Indian journal of veterinary science and animal husbandry - Volume 1,
Year: 1931
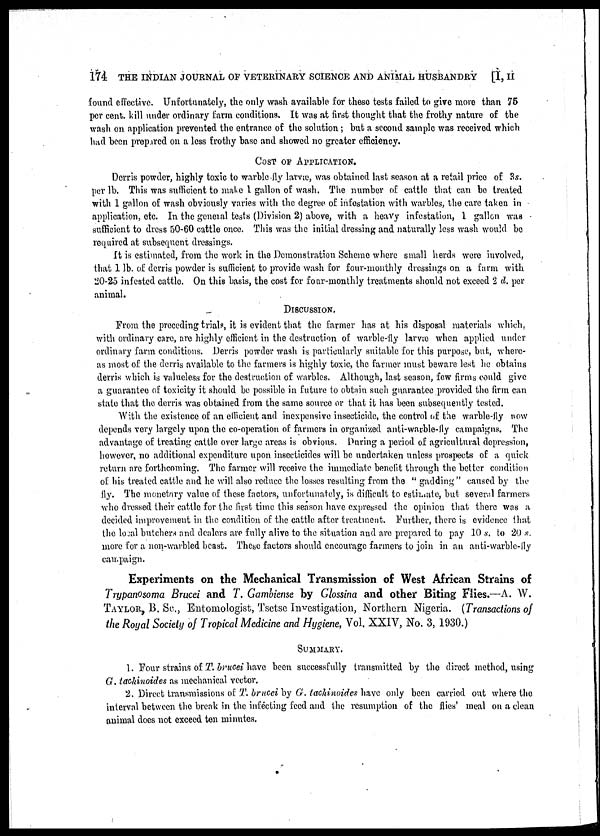
174 THE INDIAN JOURNAL OF VETERINARY SCIENCE AND ANIMAL HUSBANDRY [I, II
found effective. Unfortunately, the only wash available for these tests failed to give more than 75
per cent. kill under ordinary farm conditions. It was at first thought that the frothy nature of the
wash on application prevented the entrance of the solution; but a second sample was received which
had been prepared on a less frothy base and showed no greater efficiency.
COST OF APPLICATION.
Derris powder, highly toxic to warble fly larvæ, was obtained last season at a retail price of 3s.
per lb. This was sufficient to make 1 gallon of wash. The number of cattle that can be treated
with 1 gallon of wash obviously varies with the degree of infestation with warbles, the care taken in
application, etc. In the general tests (Division 2) above, with a heavy infestation, 1 gallon was
sufficient to dress 50-60 cattle once. This was the initial dressing and naturally less wash would be
required at subsequent dressings.
It is estimated, from the work in the Demonstration Scheme where small herds were involved,
that 1 lb. of derris powder is sufficient to provide wash for four-monthly dressings on a farm with
20-25 infested cattle. On this basis, the cost for four-monthly treatments should not exceed 2 d. per
animal.
DISCUSSION.
From the preceding trials, it is evident that the farmer has at his disposal materials which,
with ordinary care, are highly efficient in the destruction of warble-fly larvæ when applied under
ordinary farm conditions. Derris powder wash is particularly suitable for this purpose, but, where-
as most of the derris available to the farmers is highly toxic, the farmer must beware lest he obtains
derris which is valueless for the destruction of warbles. Although, last season, few firms could give
a guarantee of toxicity it should be possible in future to obtain such guarantee provided the firm can
state that the derris was obtained from the same source or that it has been subsequently tested.
With the existence of an efficient and inexpensive insecticide, the control of the warble-fly now
depends very largely upon the co-operation of farmers in organized anti-warble-fly campaigns. The
advantage of treating cattle over large areas is obvious. During a period of agricultural depression,
however, no additional expenditure upon insecticides will be undertaken unless prospects of a quick
return are forthcoming. The farmer will receive the immediate benefit through the better condition
of his treated cattle and he will also reduce the losses resulting from the " gadding" caused by the
fly. The monetary value of these factors, unfortunately, is difficult to estimate, but several farmers
who dressed their cattle for the first time this season have expressed the opinion that there was a
decided improvement in the condition of the cattle after treatment. Further, there is evidence that
the local butchers and dealers are fully alive to the situation and are prepared to pay 10 s. to 20 s.
more for a non-warbled beast. These factors should encourage farmers to join in an anti-warble-fly
campaign.
Experiments on the Mechanical Transmission of West African Strains of
Trypanosoma Brucei and T. Gambiense by Glossina and other Biting Flies.—A. W.
TAYLOR, B. SC., Entomologist, Tsetse Investigation, Northern Nigeria. (Transactions of
the Royal Society of Tropical Medicine and Hygiene, Vol. XXIV, No. 3, 1930.)
SUMMARY.
1. Four strains of T. brucei have been successfully transmitted by the direct method, using
G. tachinoides as mechanical vector.
2. Direct transmissions of T. brucci by G. tachinoides have only been carried out where the
interval between the break in the infecting feed and the resumption of the flies' meal on a clean
animal does not exceed ten minutes.